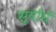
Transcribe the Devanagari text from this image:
सूर्यार्घ